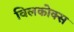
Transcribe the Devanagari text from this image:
विलकोक्स